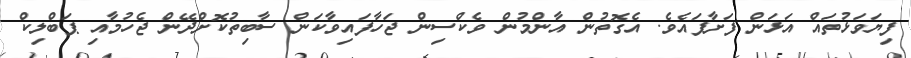
ފިޔަވަޅުތައް އަޅަން ފަށާފައެވެ. އެގޮތުން އާންމުން ވެކްސިން ޖަހާފައިވާކަން ސާބިތުކޮށްދޭން ޖެހުމާއި ޕަބްލިކް